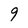
Character: 9